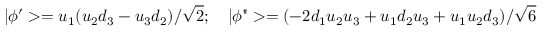
| \phi ^ { \prime } > = u _ { 1 } ( u _ { 2 } d _ { 3 } - u _ { 3 } d _ { 2 } ) / { \sqrt 2 } ; \quad | \phi " > = ( - 2 d _ { 1 } u _ { 2 } u _ { 3 } + u _ { 1 } d _ { 2 } u _ { 3 } + u _ { 1 } u _ { 2 } d _ { 3 } ) / { \sqrt 6 }